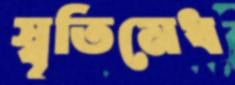
স্বৃতিমেধ